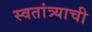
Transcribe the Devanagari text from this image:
स्वतांत्र्याची